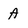
Character: A